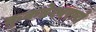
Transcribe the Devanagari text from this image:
कुकडेश्वराचे